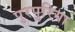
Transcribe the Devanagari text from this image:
पुरपुरिया